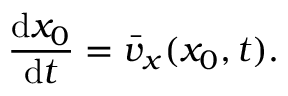
\frac { \mathrm { d } x _ { 0 } } { \mathrm { d } t } = \bar { v } _ { x } ( x _ { 0 } , t ) .